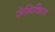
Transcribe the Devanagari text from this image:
ज़ेमिकिस